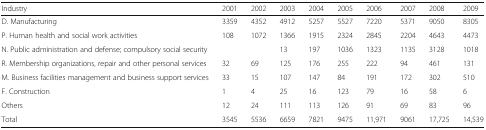
| Industry | 2001 | 2002 | 2003 | 2004 | 2005 | 2006 | 2007 | 2008 | 2009 |
 | --- | --- | --- | --- | --- | --- | --- | --- | --- | --- |
 | D. Manufacturing | 3359 | 4352 | 4912 | 5257 | 5527 | 7220 | 5371 | 9050 | 8305 |
 | P. Human health and social work activities | 108 | 1072 | 1366 | 1915 | 2324 | 2845 | 2204 | 4643 | 4473 |
 | N. Public administration and defense; compulsory social security |  |  | 13 | 197 | 1036 | 1323 | 1135 | 3128 | 1018 |
 | R. Membership organizations, repair and other personal services | 32 | 69 | 125 | 176 | 255 | 222 | 94 | 461 | 131 |
 | M. Business facilities management and business support services | 33 | 15 | 107 | 147 | 84 | 191 | 172 | 302 | 510 |
 | F. Construction | 1 | 4 | 25 | 16 | 123 | 79 | 16 | 58 | 6 |
 | Others | 12 | 24 | 111 | 113 | 126 | 91 | 69 | 83 | 96 |
 | Total | 3545 | 5536 | 6659 | 7821 | 9475 | 11,971 | 9061 | 17,725 | 14,539 |